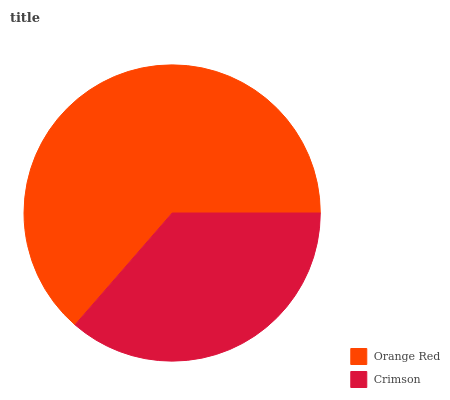
| Orange Red | Crimson |
 | --- | --- |
 | 63.6% | 36.4% |